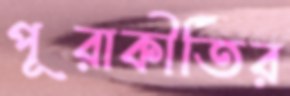
পূরাকীর্তির